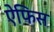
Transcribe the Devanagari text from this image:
ऐफिस